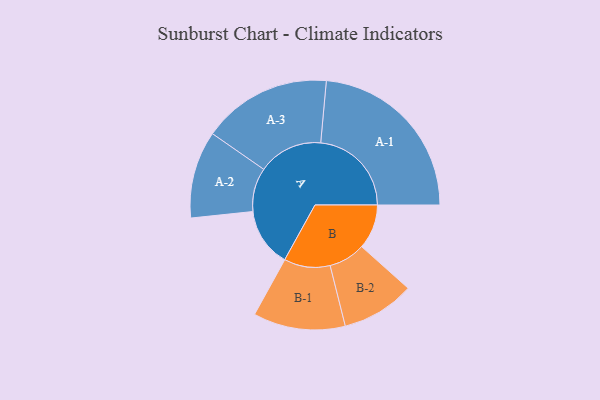
{"axis": {"x": "Segment", "y": "Value"}, "legend": ["", "A", "B"], "data": [{"x": "A", "y": 174, "type": ""}, {"x": "B", "y": 132, "type": ""}, {"x": "A-1", "y": 268, "type": "A"}, {"x": "A-2", "y": 129, "type": "A"}, {"x": "A-3", "y": 191, "type": "A"}, {"x": "B-1", "y": 136, "type": "B"}, {"x": "B-2", "y": 108, "type": "B"}]}